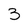
Character: 3